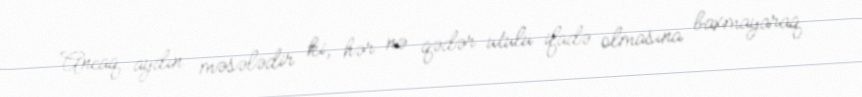
Ancaq aydın məsələdir ki, hər nə qədər ütülü ifadə olmasına baxmayaraq